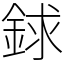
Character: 銶